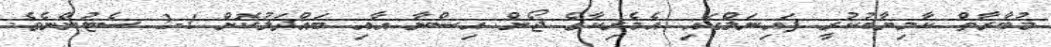
މުބާރާތް ކާމިޔާބުކުރީ ފައިނަލްގައި އެމެރިކާގެ ޖޯން އިސްނާ އާއި ބައްދަލުކޮށް 1-2 ސެޓުންނެވެ.